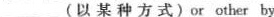
___ (以 某 种 方 式)or other by